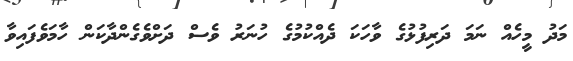
މަދު މީހެއް ނަމަ ދަރިފުޅުގެ ވާހަކަ ދެއްކުމުގެ ހުނަރު ވެސް ދަށްވެގެންދާކަން ހާމަވެފައިވާ